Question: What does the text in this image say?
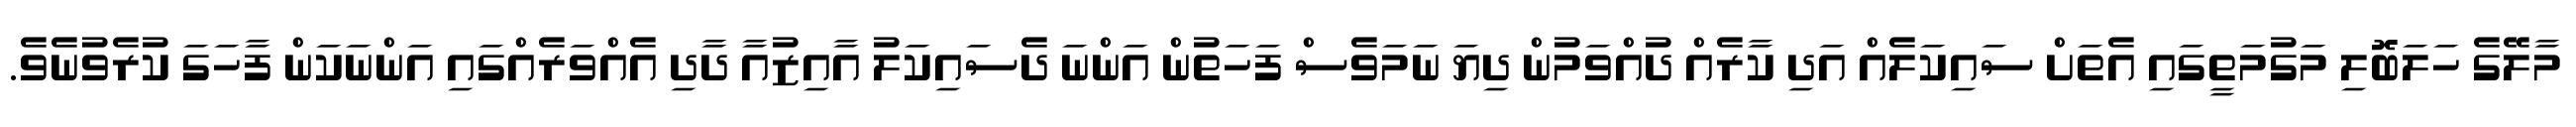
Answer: މާލޭގެ ހަލަބޮލި މަގުމަތީގައި އެތަށް ސައިކަލެއް އަދި ކާރެއް ދުއްވަމުން ދިޔަ ނަމަވެސް ފަހަތުން އަންނަ ދެސައިކަލު އާއިޒުއާ ދާދި އެއްވަރެއްގައި އަންނަކަން ފާހަގަ ކުރެވުނެވެ.